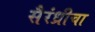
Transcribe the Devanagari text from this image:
सैरंध्रीचा